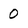
Character: 0